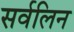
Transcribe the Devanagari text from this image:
सर्वलिन